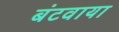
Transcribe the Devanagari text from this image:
बंटवाया